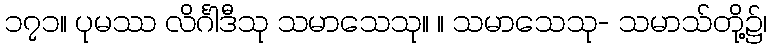
၁၇၁။ ပုမဿ လိင်္ဂါဒီသု သမာသေသု။ ။ သမာသေသု- သမာသ်တို့၌၊